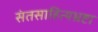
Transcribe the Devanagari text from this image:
संतसाहित्यभ्रष्टा